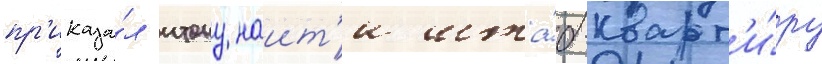
пр'иказа́л итону наит'и шта́б-кварт'и́ру